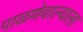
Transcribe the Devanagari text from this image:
पाळणेवाल्याला